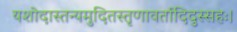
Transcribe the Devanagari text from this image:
यशोदास्तन्यमुदितस्तृणावर्तादिदुस्सहः।